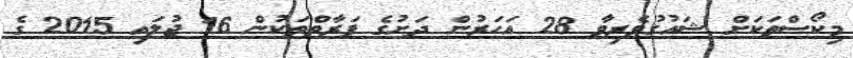
މިކޯސްތަކަށް ޝައުގުވެރިވާ 28 އަހަރުން ދަށުގެ ފަރާތްތަކުން 16 ޖުލައި 2015 ގެ